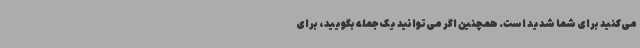
می‌کنید برای شما شدید است. همچنین اگر می‌توانید یک جمله بگویید، برای